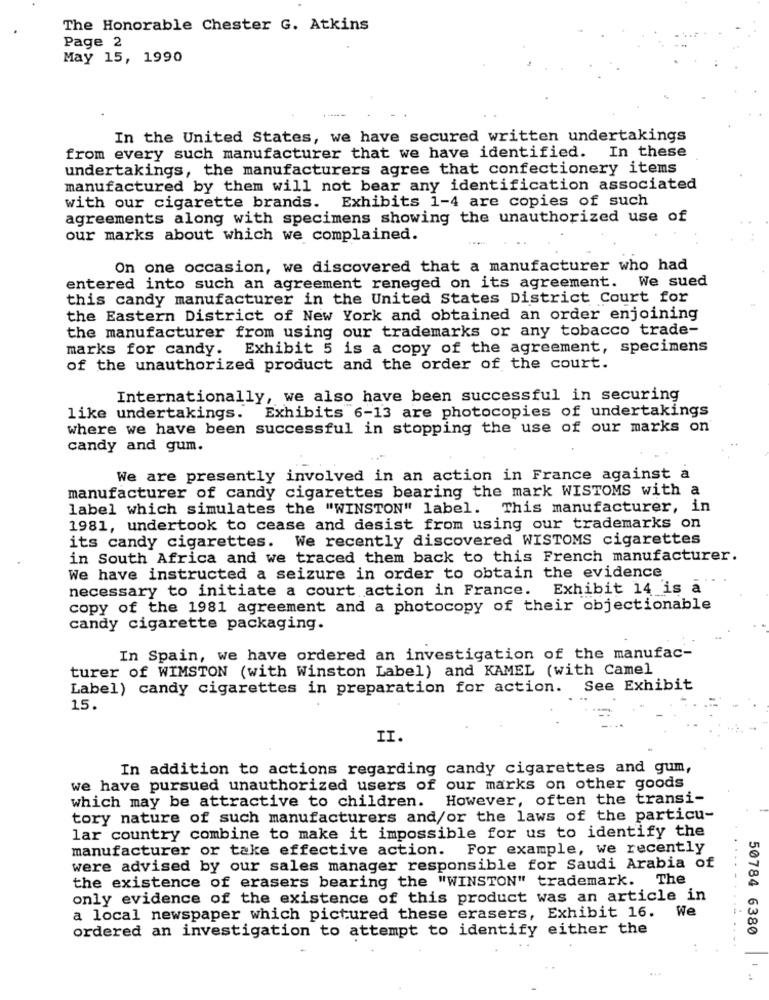
The Honorable Chester G. Atkins
Page 2
May 15, 1990
In the United States, we have secured written undertakings
from every such manufacturer that we have identified. In these
undertakings, the manufacturers agree that confectionery items
manufactured by them will not bear any identification associated
with our cigarette brands. Exhibits 1-4 are copies of such
agreements along with specimens showing the unauthorized use of
our marks about which we complained.
On one occasion, we discovered that a manufacturer who had
entered into such an agreement reneged on its agreement. We sued
this candy manufacturer in the United States District Court for
the Eastern District of New York and obtained an order enjoining
the manufacturer from using our trademarks or any tobacco trade-
marks for candy. Exhibit 5 is a copy of the agreement, specimens
of the unauthorized product and the order of the court.
Internationally, we also have been successful in securing
like undertakings.
Exhibits 6-13 are photocopies of undertakings
where we have been successful in stopping the use of our marks on
candy and gum.
We are presently involved in an action in France against a
manufacturer of candy cigarettes bearing the mark WISTOMS with a
label which simulates the "WINSTON" label. This manufacturer, in
1981, undertook to cease and desist from using our trademarks on
its candy cigarettes. We recently discovered WISTOMS cigarettes
in South Africa and we traced them back to this French manufacturer.
We have instructed a seizure in order to obtain the evidence
necessary to initiate a court action in France. Exhibit 14 is a
copy of the 1981 agreement and a photocopy of their objectionable
candy cigarette packaging.
In Spain, we have ordered an investigation of the manufac-
turer of WIMSTON (with Winston Label) and KAMEL (with Camel
Label) candy cigarettes in preparation for action. See Exhibit
15.
II.
In addition to actions regarding candy cigarettes and gum,
we have pursued unauthorized users of our marks on other goods
which may be attractive to children. However, often the transi-
tory nature of such manufacturers and/or the laws of the particu-
lar country combine to make it impossible for us to identify the
manufacturer or take effective action. For example, we recently
were advised by our sales manager responsible for Saudi Arabia of
the existence of erasers bearing the "WINSTON" trademark. The
only evidence of the existence of this product was an article in
a local newspaper which pictured these erasers, Exhibit 16. We
ordered an investigation to attempt to identify either the
50784 6380